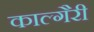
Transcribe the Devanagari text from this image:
काल्गैरी